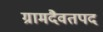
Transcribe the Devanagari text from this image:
ग्रामदैवतपद